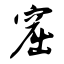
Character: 窟